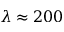
\lambda \approx 2 0 0